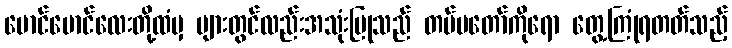
မောင်မောင်လေးတို့ထံမှ များတွင်လည်းအသုံးပြုသည် တပ်မတော်ကိုရော တွေ့ကြုံရတတ်သည့်